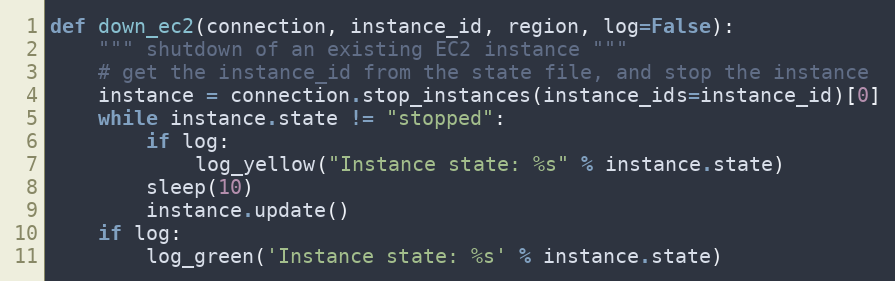
Language: Python
def down_ec2(connection, instance_id, region, log=False):
    """ shutdown of an existing EC2 instance """
    # get the instance_id from the state file, and stop the instance
    instance = connection.stop_instances(instance_ids=instance_id)[0]
    while instance.state != "stopped":
        if log:
            log_yellow("Instance state: %s" % instance.state)
        sleep(10)
        instance.update()
    if log:
        log_green('Instance state: %s' % instance.state)